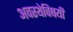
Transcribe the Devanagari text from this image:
अवस्थेविषयी